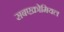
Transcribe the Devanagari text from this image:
सबएक्रोमियल